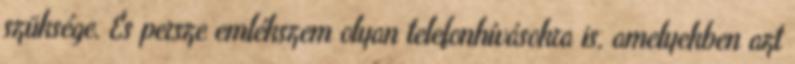
szüksége. És persze emlékszem olyan telefonhívásokra is, amelyekben azt